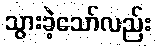
သွားခဲ့သော်လည်း